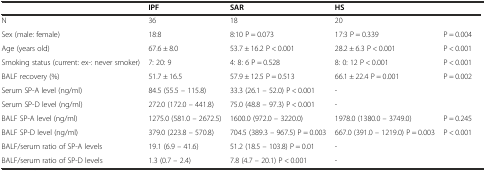
<table><thead><tr><td></td><td><b>IPF</b></td><td><b>SAR</b></td><td><b>HS</b></td><td></td></tr></thead><tbody><tr><td>N</td><td>36</td><td>18</td><td>20</td><td></td></tr><tr><td>Sex (male: female)</td><td>18:8</td><td>8:10 P = 0.073</td><td>17:3 P = 0.339</td><td>P = 0.004</td></tr><tr><td>Age (years old)</td><td>67.6 ± 8.0</td><td>53.7 ± 16.2 P &lt; 0.001</td><td>28.2 ± 6.3 P &lt; 0.001</td><td>P &lt; 0.001</td></tr><tr><td>Smoking status (current: ex-: never smoker)</td><td>7: 20: 9</td><td>4: 8: 6 P = 0.528</td><td>8: 0: 12 P &lt; 0.001</td><td>P &lt; 0.001</td></tr><tr><td>BALF recovery (%)</td><td>51.7 ± 16.5</td><td>57.9 ± 12.5 P = 0.513</td><td>66.1 ± 22.4 P = 0.001</td><td>P = 0.002</td></tr><tr><td>Serum SP-A level (ng/ml)</td><td>84.5 (55.5 – 115.8)</td><td>33.3 (26.1 – 52.0) P &lt; 0.001</td><td>-</td><td></td></tr><tr><td>Serum SP-D level (ng/ml)</td><td>272.0 (172.0 – 441.8)</td><td>75.0 (48.8 – 97.3) P &lt; 0.001</td><td>-</td><td></td></tr><tr><td>BALF SP-A level (ng/ml)</td><td>1275.0 (581.0 – 2672.5)</td><td>1600.0 (972.0 – 3220.0)</td><td>1978.0 (1380.0 – 3749.0)</td><td>P = 0.245</td></tr><tr><td>BALF SP-D level (ng/ml)</td><td>379.0 (223.8 – 570.8)</td><td>704.5 (389.3 – 967.5) P = 0.003</td><td>667.0 (391.0 – 1219.0) P = 0.003</td><td>P &lt; 0.001</td></tr><tr><td>BALF/serum ratio of SP-A levels</td><td>19.1 (6.9 – 41.6)</td><td>51.2 (18.5 – 103.8) P = 0.01</td><td>-</td><td></td></tr><tr><td>BALF/serum ratio of SP-D levels</td><td>1.3 (0.7 – 2.4)</td><td>7.8 (4.7 – 20.1) P &lt; 0.001</td><td>-</td><td></td></tr></tbody></table>